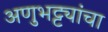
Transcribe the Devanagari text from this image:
अणुभट्ट्यांचा